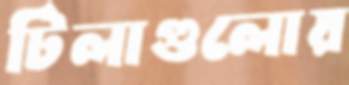
টিলাগুলোয়